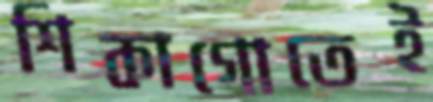
শিকাগোতেই